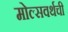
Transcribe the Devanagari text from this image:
मोल्सवर्थची